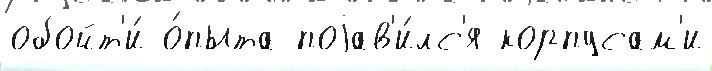
обойт'и́ о́пыта поjав'и́лс'я корпусам'и